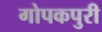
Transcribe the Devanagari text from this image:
गोपकपुरी